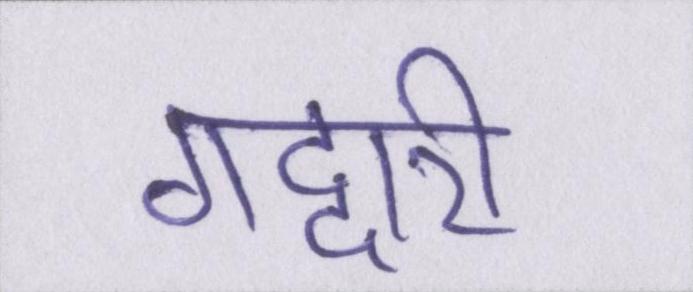
गद्दारी